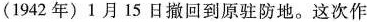
(1942年)1月15日撤回到原驻防地。这次作